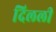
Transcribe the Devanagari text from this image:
दिलली